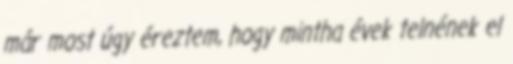
már most úgy éreztem, hogy mintha évek telnének el